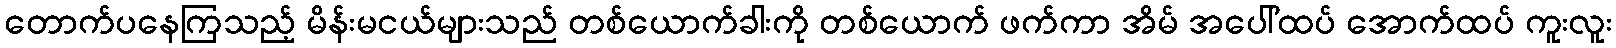
တောက်ပနေကြသည့် မိန်းမငယ်များသည် တစ်ယောက်ခါးကို တစ်ယောက် ဖက်ကာ အိမ် အပေါ်ထပ် အောက်ထပ် ကူးလူး